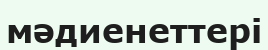
мәдиенеттері